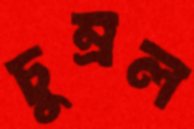
চুম্‌রল